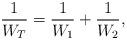
LaTeX: \begin{align*}\frac{1}{W_{T}}=\frac{1}{W_{1}} + \frac{1}{W_{2}},\end{align*}